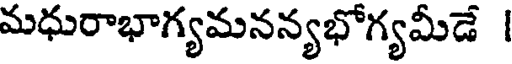
మధురాభాగ్యమనన్యభోగ్యమీడే